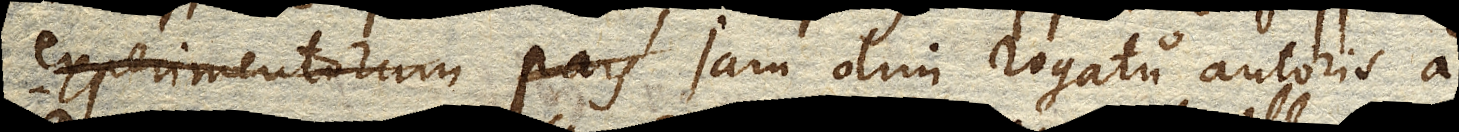
experimentorum jam olim rogatu autoris a